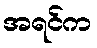
အရင်က